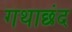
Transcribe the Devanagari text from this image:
गथाछंद